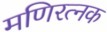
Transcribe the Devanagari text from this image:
मणिरत्‍नक